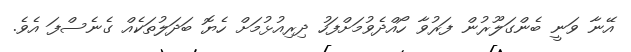
އޭނާ ވަނީ ބެންގަލޫރުން ފަރުވާ ހޯއްދެވުމަށްފަހު ދިރިއުޅުމަށް ހެޔޮ ބަދަލުތަކެއް ގެނެސްފަ އެވެ.